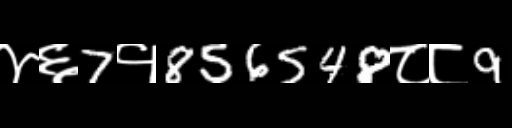
Text: ४६7१856548८८9